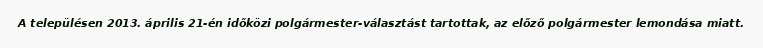
A településen 2013. április 21-én időközi polgármester-választást tartottak, az előző polgármester lemondása miatt.